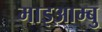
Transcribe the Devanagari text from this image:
माइआम्बु